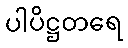
ပါပိဋ္ဌတရေ